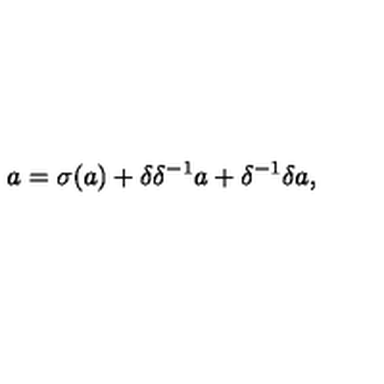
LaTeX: a = \sigma ( a ) + \delta \delta ^ { - 1 } a + \delta ^ { - 1 } \delta a ,